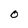
Character: 0